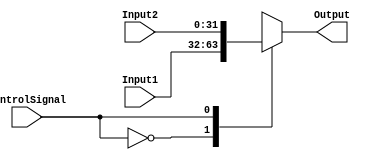
`timescale 1ns / 1ps
//////////////////////////////////////////////////////////////////////////////////
// Company: 
// 
// Design Name: 
// Module Name:     MIPS_MUX
// Project Name: 

// Revision: 
// Revision 0.01 - File Created
// Additional Comments: 
/////////////////////////////////////// PARAMETERIZED 2:1 MUX/////////////////////////
module MIPS_MUX #(parameter SIZE=32) (
	input   [SIZE-1:0] Input1,
	input   [SIZE-1:0] Input2,	
	input 	ControlSignal,
	output	reg [SIZE-1:0] Output
);
	always @(Input1, Input2, ControlSignal)
	begin
		case(ControlSignal)
			0 : Output <= Input1;
			1 : Output <= Input2;
			default: Output <= Input1;
		endcase
	end

	
endmodule